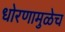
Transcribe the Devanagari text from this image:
धोरणामुळेच